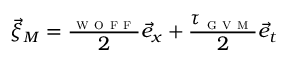
\vec { \xi } _ { M } = \frac { \l _ { \textsc { w o f f } } } { 2 } \vec { e } _ { x } + \frac { \tau _ { \textsc { g v m } } } { 2 } \vec { e } _ { t }